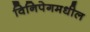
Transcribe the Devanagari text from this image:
विनिपेगमधील